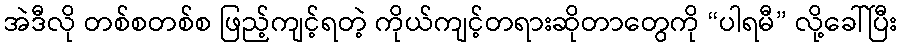
အဲဒီလို တစ်စတစ်စ ဖြည့်ကျင့်ရတဲ့ ကိုယ်ကျင့်တရားဆိုတာတွေကို “ပါရမီ” လို့ခေါ်ပြီး